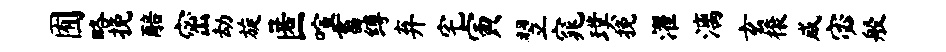
囿略挽醅密劫旋匿喧畜缚弃宅寅翌窕璞挽濯漓玄榱咸宓般